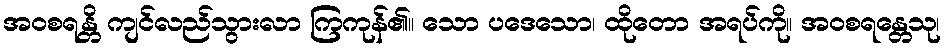
အဝစရန္တိ ကျင်လည်သွားလာ ကြကုန်၏။ သော ပဒေသော၊ ထိုတော အရပ်ကို။ အဝစရန္တေသု၊